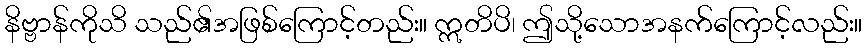
နိဗ္ဗာန်ကိုသိ သည်၏အဖြစ်ကြောင့်တည်း။ ဣတိပိ၊ ဤသို့သောအနက်ကြောင့်လည်း။